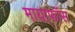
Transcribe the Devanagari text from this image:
मायाफाँस